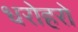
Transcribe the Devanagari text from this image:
धरोहरो